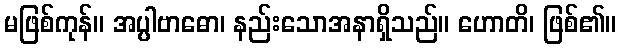
မဖြစ်ကုန်။ အပ္ပါဗာဓော၊ နည်းသောအနာရှိသည်။ ဟောတိ၊ ဖြစ်၏။